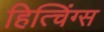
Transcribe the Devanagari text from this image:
हित्चिंग्स